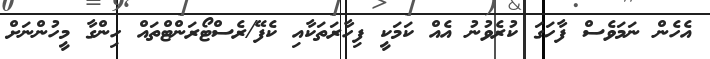
އެހެން ނަމަވެސް ފާހަގަ ކުރެވުނު އެއް ކަމަކީ ފިހާރަތަކާއި ކެފޭ/ރެސްޓޯރަންޓްތައް ހިންގާ މީހުންނަށް